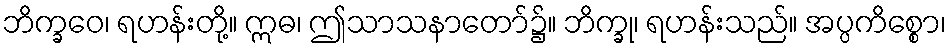
ဘိက္ခဝေ၊ ရဟန်းတို့။ ဣဓ၊ ဤသာသနာတော်၌။ ဘိက္ခု၊ ရဟန်းသည်။ အပ္ပကိစ္စော၊